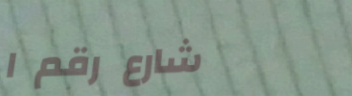
شارع رقم ١